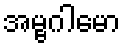
အမ္ဗဂါမော